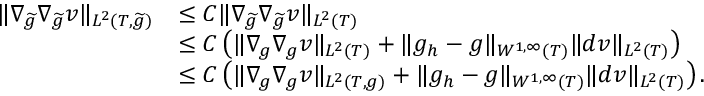
\begin{array} { r l } { \| \nabla _ { \widetilde { g } } \nabla _ { \widetilde { g } } v \| _ { L ^ { 2 } ( T , \widetilde { g } ) } } & { \le C \| \nabla _ { \widetilde { g } } \nabla _ { \widetilde { g } } v \| _ { L ^ { 2 } ( T ) } } \\ & { \le C \left( \| \nabla _ { g } \nabla _ { g } v \| _ { L ^ { 2 } ( T ) } + \| g _ { h } - g \| _ { W ^ { 1 , \infty } ( T ) } \| d v \| _ { L ^ { 2 } ( T ) } \right) } \\ & { \le C \left( \| \nabla _ { g } \nabla _ { g } v \| _ { L ^ { 2 } ( T , g ) } + \| g _ { h } - g \| _ { W ^ { 1 , \infty } ( T ) } \| d v \| _ { L ^ { 2 } ( T ) } \right) . } \end{array}